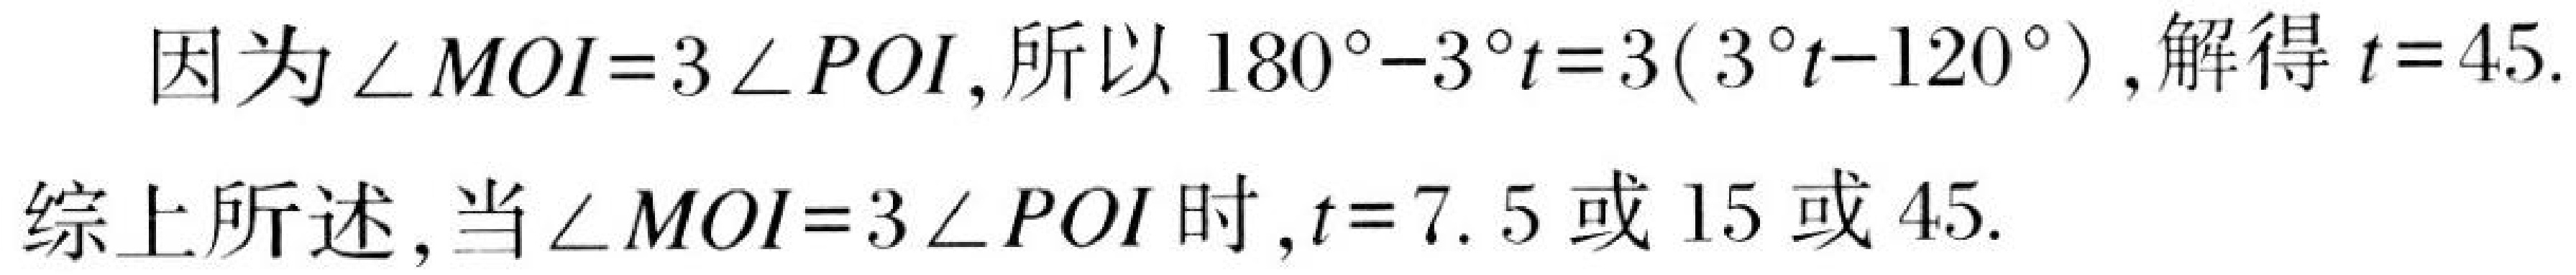
因为 \(\angle MOI = 3\angle POI\)，所以 \(180^{\circ}-3^{\circ}t = 3(3^{\circ}t - 120^{\circ})\)，解得 \(t = 45\).

综上所述，当 \(\angle MOI = 3\angle POI\) 时，\(t = 7.5\) 或 \(15\) 或 \(45\).